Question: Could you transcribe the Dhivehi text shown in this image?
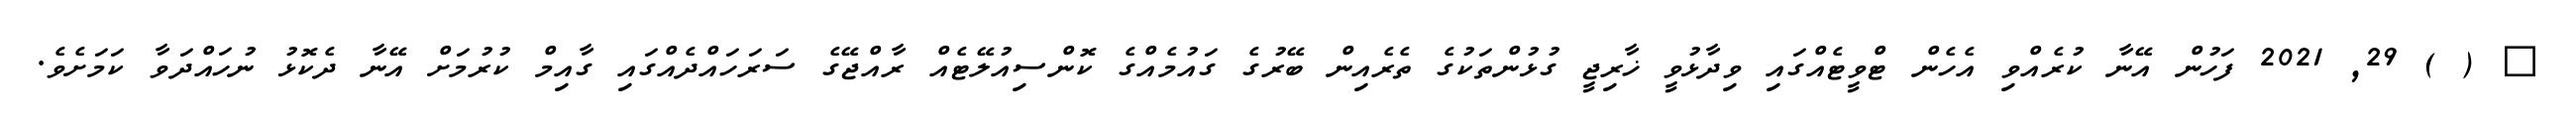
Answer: ? ( ) 29, 2021 ފަހުން އޭނާ ކުރެއްވި އެހެން ޓްވީޓެއްގައި ވިދާޅުވީ ޚާރިޖީ ގުޅުންތަކުގެ ތެރެއިން ބޭރުގެ ގައުމެއްގެ ކޮންސިއުލޭޓެއް ރާއްޖޭގެ ސަރަހައްދެއްގައި ގާއިމް ކުރުމަށް އޭނާ ދެކޮޅު ނުހައްދަވާ ކަމަށެވެ.